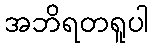
အဘိရတရူပါ